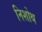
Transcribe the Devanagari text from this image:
निशोथ